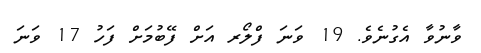
ވާނުވާ އެގުނެވެ. 19 ވަނަ ފްލޯރ އަށް ފޭބުމަށް ފަހު 17 ވަނަ